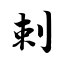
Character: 剌